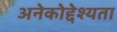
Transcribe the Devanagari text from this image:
अनेकोद्देश्यता